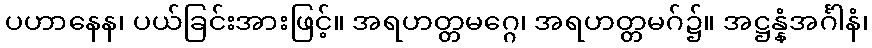
ပဟာနေန၊ ပယ်ခြင်းအားဖြင့်။ အရဟတ္တမဂ္ဂေ၊ အရဟတ္တမဂ်၌။ အဋ္ဌန္နံအင်္ဂါနံ၊